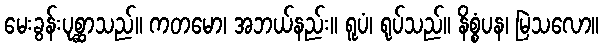
မေးခွန်းပုစ္ဆာသည်။ ကတမော၊ အဘယ်နည်း။ ရူပံ၊ ရုပ်သည်။ နိစ္စံပန၊ မြဲသလော။